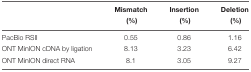
<table><thead><tr><td></td><td><b>Mismatch</b></td><td><b>Insertion</b></td><td><b>Deletion</b></td></tr><tr><td></td><td><b>(%)</b></td><td><b>(%)</b></td><td><b>(%)</b></td></tr></thead><tbody><tr><td>PacBio RSII</td><td>0.55</td><td>0.86</td><td>1.16</td></tr><tr><td>ONT MinION cDNA by ligation</td><td>8.13</td><td>3.23</td><td>6.42</td></tr><tr><td>ONT MinION direct RNA</td><td>8.1</td><td>3.05</td><td>9.27</td></tr></tbody></table>